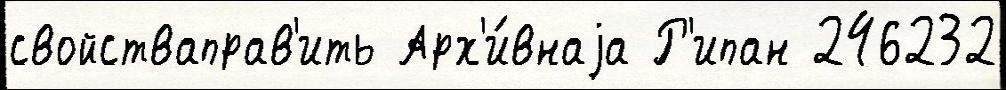
свойстваправ'ить Арх'и́внаjа Р'ипан 246232